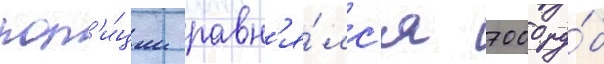
пол'и́ции равн'я́лс'я 7000 ру́б